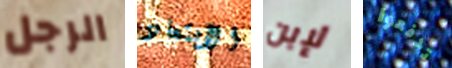
الرجل الأبتعاد لإبن تدفعوا